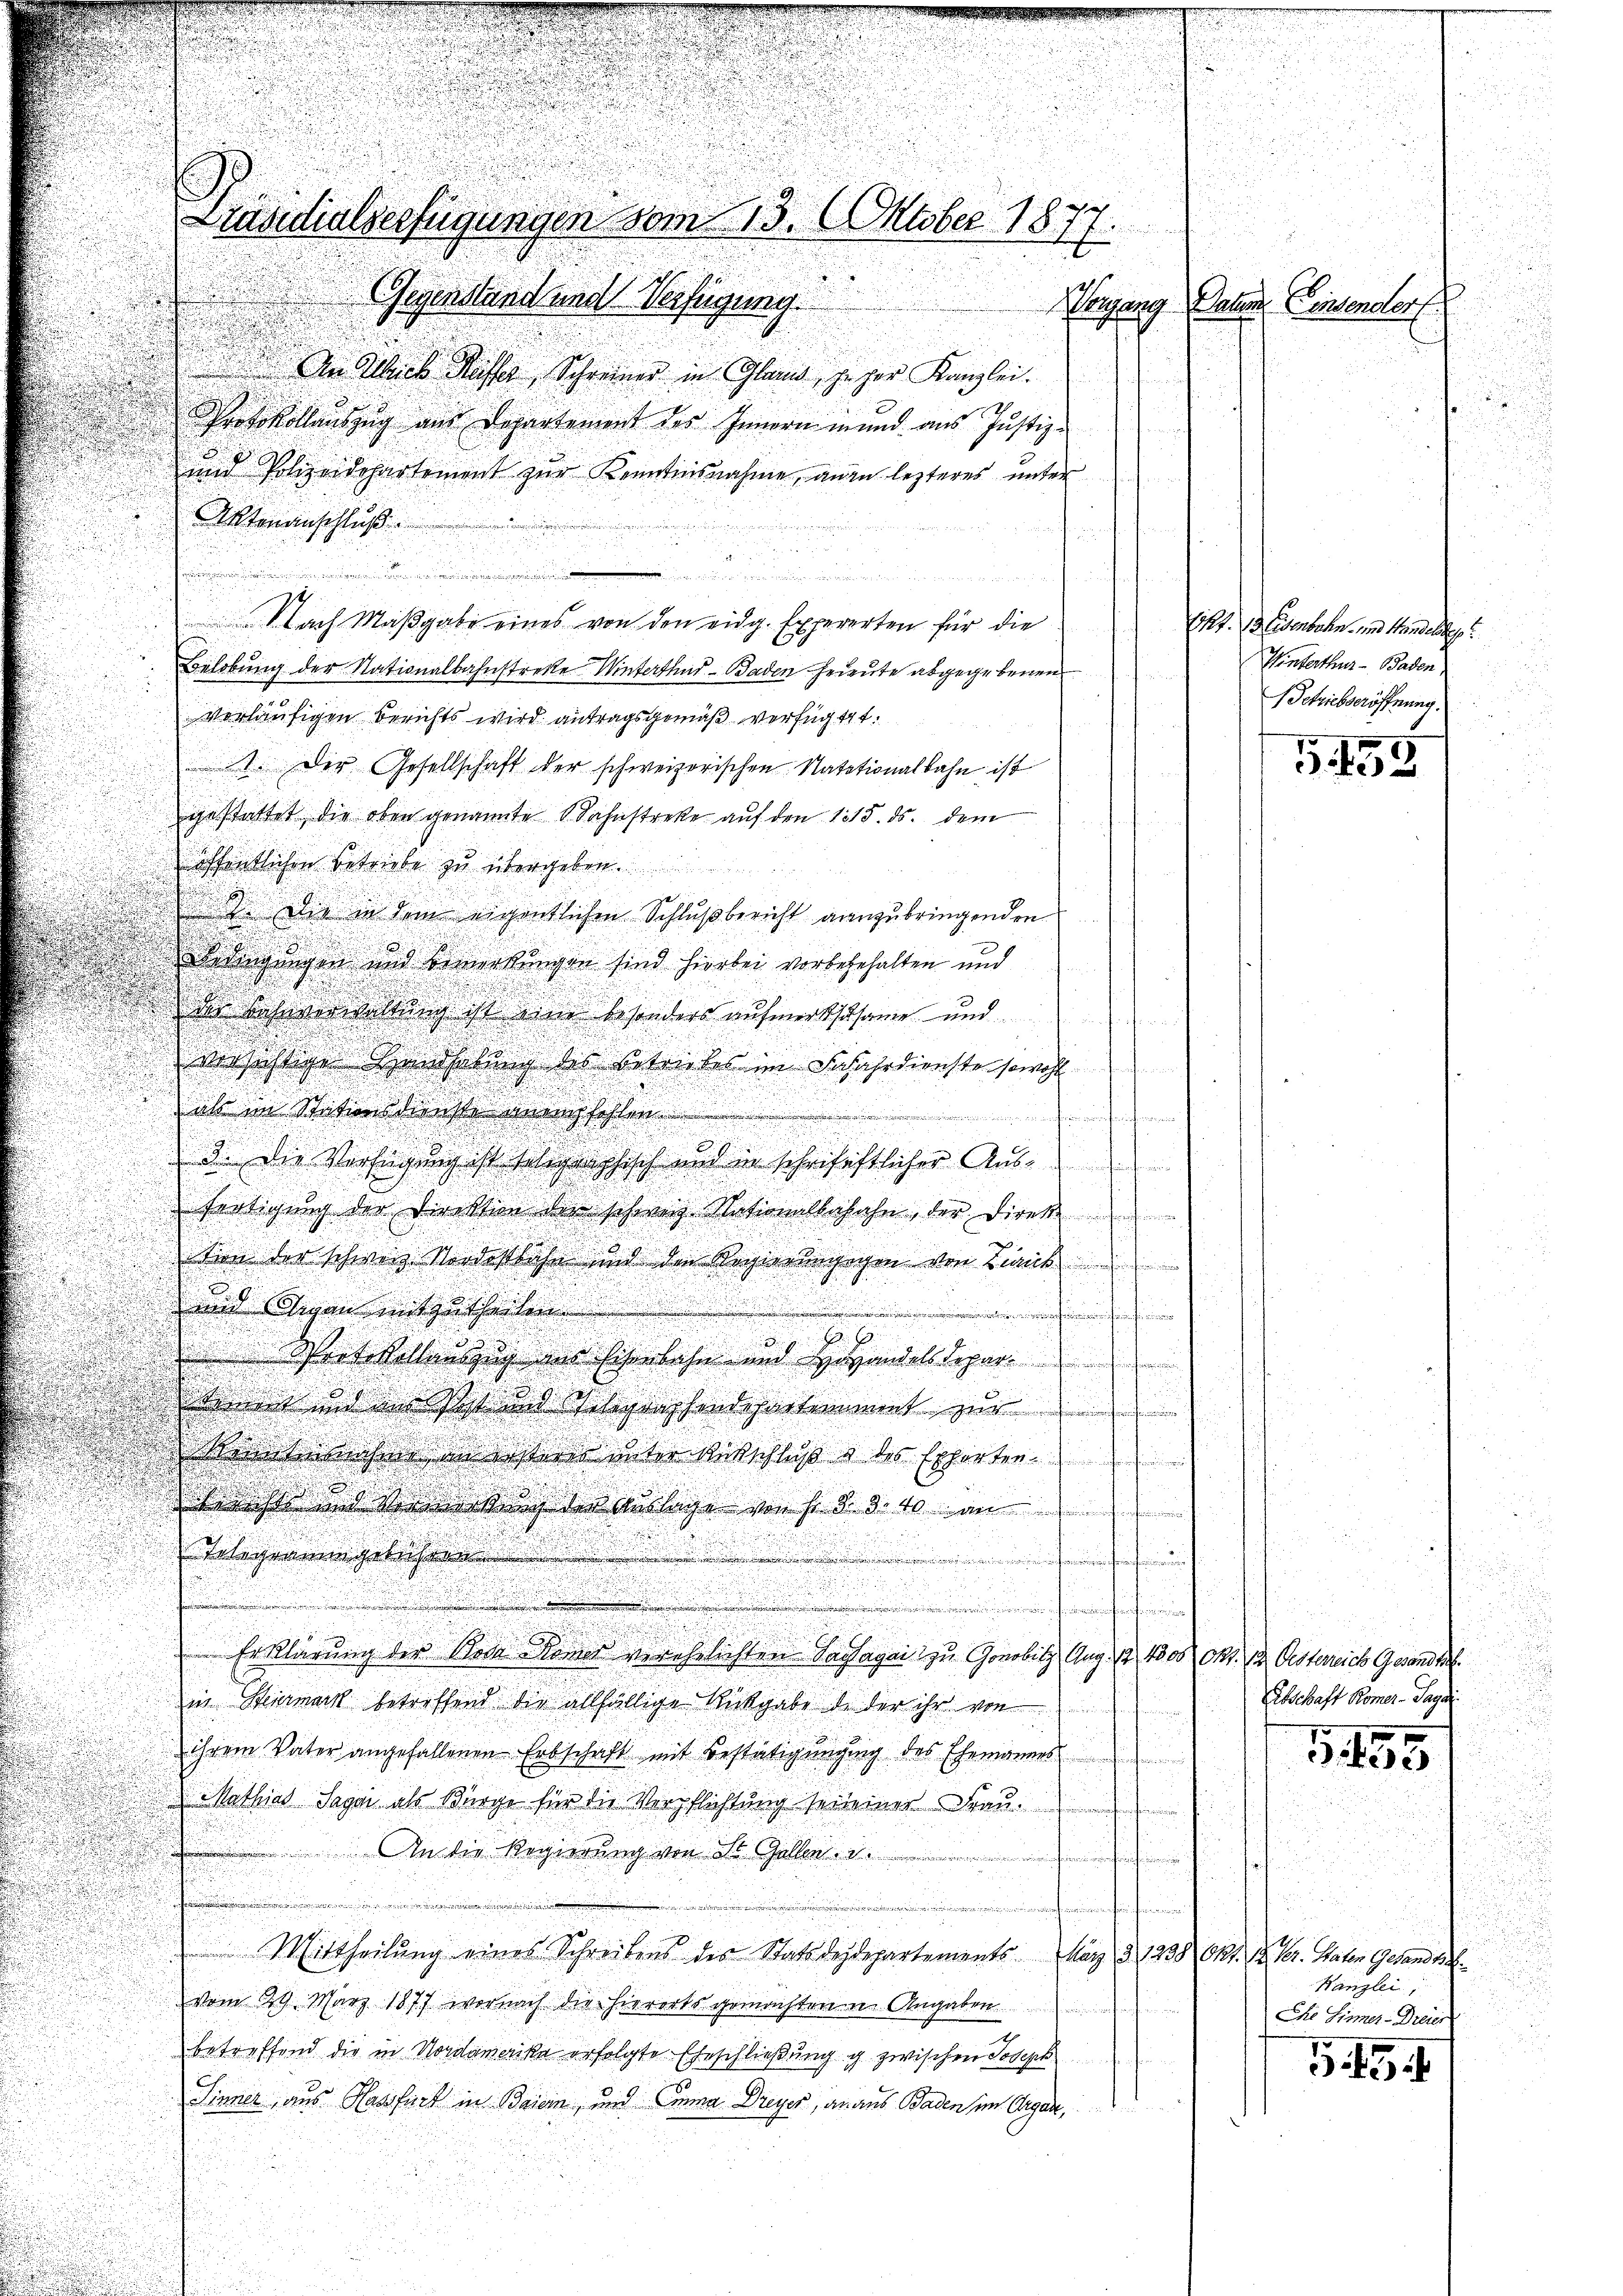
u
Gegenstand und Verfügung.
 Am Nach Masser, Schreiner in Gland, z. ger Kanzlei.
29
Protokollauszug aus Departement des Innern in und aus Justiz-
u
und Polizeidehartement zŭr Kenntnisnahme an in lezteres unter
Aktenanschluß
u
.
a
Nach Maβgabe eines von den eidg. Expererten für die
Belobung der Nationalbahnstreke Winterthur–Baden heieute abgegebenen
vorläufigen Berichts wird antragsgemäß verfügt t.
1. Der Gesellschaft der schweizerischen Natationalbahn ist
gestattet, die oben genannte Bahnstreke auf den 1315. ds. dem
öffentlichen Betriebe zu übergeben.
J. Die in dem eigentlichen Schlußbericht ganzubringenden
dingungen und Bemerkungen sind hierbei vorbehehalten und
ds Lehrverwaltung ist eine besonders aufmerksame und
e
ainsichtige Handhabung des Betriebes im Gefahrdienste sowohl
e
n
3. Die Verfügung ist teligraphisch und in sehr chriftlicher Aŭs-
Fertigŭng der Direktion die schweiz Nationalbahahn, der Direkt
tion der schweiz. Nordostbahn und den Regierungegen von Linik
und Gegen mitzutheilen.
f
Protokollauszug ins Eisenbahn und Handelsdepar
tmet und in stet und Telegraphendepartenament zur
Kentnahme an erstorio unter Rückschluß & des Erforten
iis und Vertig der Millige von f §. 8. 10 an
Teligrangelaßen !!!!
.
5
.
t
Erklärung der Bede Kamer verehelichten Tagsagai zu Gorobitz Aug. 13, 1000 M. zu Ostereich Gesandt.
in Steuermark betreffend die allfällige Rückgabe de der ihr von
ihrem Vater angefallenen Erbschaft mit Bestätigŭngŭng des Ehemannes
Mathias Sagai als Bürge für die Verpflichtung sei einer Frauaffen
 An die Regierung von St. Gallen.
ten Min
.
n
Mittheilung eines Schreibens des Stats desdepartements März d. 1238. Okt. 12. Ver. Vater Gesandtsc
vom 29. März 1877 wornach die hierorts gemachten Angaben
e
betreffend die in Nordamerika erfolgte Eheschließung g zwischen Joseph
Sinner, aus Hassfurt in Baiern, und Emma Dreyer, anaus Baden im Organ,

Präsidialverfügungen vom 13. Oktober 1877.
Worgung Paten Einsendorf

17. 13. Eisenbahn- und Handeleg
Winterthur - Baden,
Schriebseröffnung.

G.135

Erbschaft Römer-Pagdi

G155

Hanglei
Che Sinner - Dreier

G. 15.